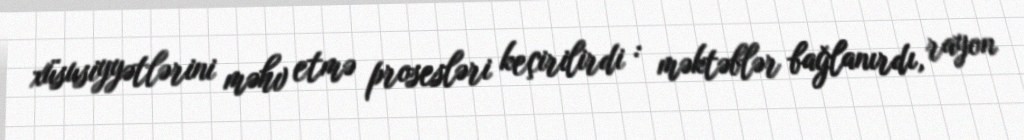
xüsusiyyətlərini məhv etmə prosesləri keçirilirdi : məktəblər bağlanırdı, rayon